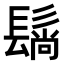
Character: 𬴬